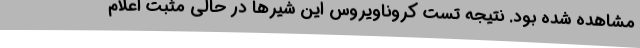
مشاهده شده بود. نتیجه تست کروناویروس این شیرها در حالی مثبت اعلام